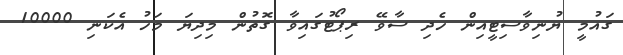
ގައުމީ ޔުނިވާސިޓީއިން ހެދި ސާވޭ ރިޕޯޓުގައިވާ ގޮތުން މިދިޔަ މަހު އެކަނި 10000